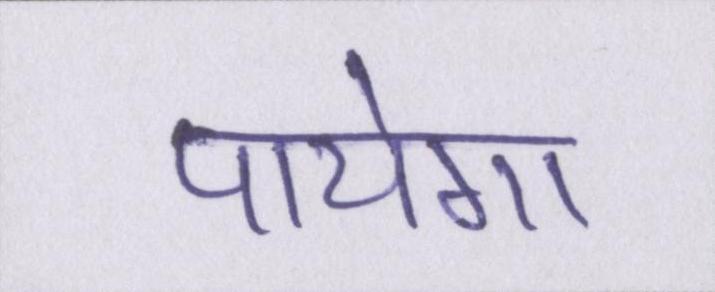
पायेगा